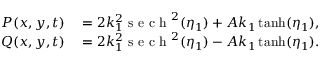
\begin{array} { r l } { P ( x , y , t ) } & { { } = 2 k _ { 1 } ^ { 2 } \mathrm { ~ s ~ e ~ c ~ h ~ } ^ { 2 } ( \eta _ { 1 } ) + A k _ { 1 } \operatorname { t a n h } ( \eta _ { 1 } ) , } \\ { Q ( x , y , t ) } & { { } = 2 k _ { 1 } ^ { 2 } \mathrm { ~ s ~ e ~ c ~ h ~ } ^ { 2 } ( \eta _ { 1 } ) - A k _ { 1 } \operatorname { t a n h } ( \eta _ { 1 } ) . } \end{array}